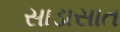
સાડાસાત